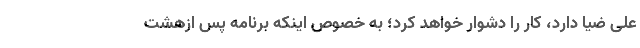
علی ضیا دارد، کار را دشوار خواهد کرد؛ به خصوص اینکه برنامه پس ازهشت